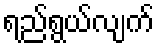
ရည်ရွယ်လျက်